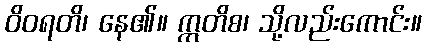
ဝိဝရတိ၊ နေ၏။ ဣတိစ၊ သို့လည်းကောင်း။